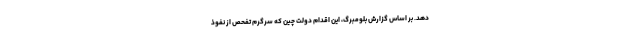
دهد. بر اساس گزارش بلومبرگ، این اقدام دولت چین که سرگرم تفحص از نفوذ